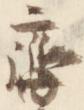
斉